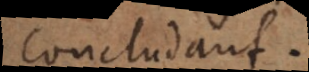
concludant.